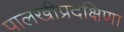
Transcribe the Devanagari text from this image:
पालखीप्रदक्षिणा